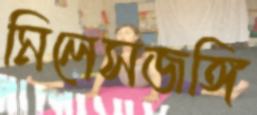
মিলেসজঙ্গি